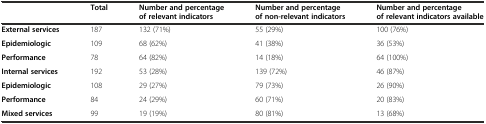
<table><thead><tr><td></td><td><b>Total</b></td><td><b>Number and percentage of relevant indicators</b></td><td><b>Number and percentage of non-relevant indicators</b></td><td><b>Number and percentage of relevant indicators available</b></td></tr></thead><tbody><tr><td><b>External services</b></td><td>187</td><td>132 (71%)</td><td>55 (29%)</td><td>100 (76%)</td></tr><tr><td><b>Epidemiologic</b></td><td>109</td><td>68 (62%)</td><td>41 (38%)</td><td>36 (53%)</td></tr><tr><td><b>Performance</b></td><td>78</td><td>64 (82%)</td><td>14 (18%)</td><td>64 (100%)</td></tr><tr><td><b>Internal services</b></td><td>192</td><td>53 (28%)</td><td>139 (72%)</td><td>46 (87%)</td></tr><tr><td><b>Epidemiologic</b></td><td>108</td><td>29 (27%)</td><td>79 (73%)</td><td>26 (90%)</td></tr><tr><td><b>Performance</b></td><td>84</td><td>24 (29%)</td><td>60 (71%)</td><td>20 (83%)</td></tr><tr><td><b>Mixed services</b></td><td>99</td><td>19 (19%)</td><td>80 (81%)</td><td>13 (68%)</td></tr></tbody></table>